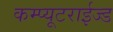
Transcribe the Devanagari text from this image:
कम्प्यूटराईज्ड